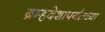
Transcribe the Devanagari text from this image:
ब्रम्हदेशापर्यंतच्या